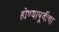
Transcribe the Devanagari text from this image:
होण्यापूर्वीचा